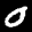
Label: 0